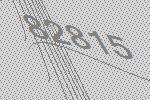
82815